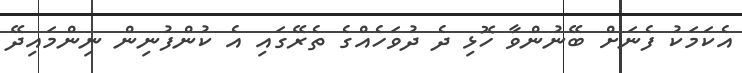
އެކަމަކު ފެނަށް ބޭނުންވާ ހޮޅި ދެ ދުވަހެއްގެ ތެރޭގައި އެ ކުންފުނިން ނިންމައިދޭ